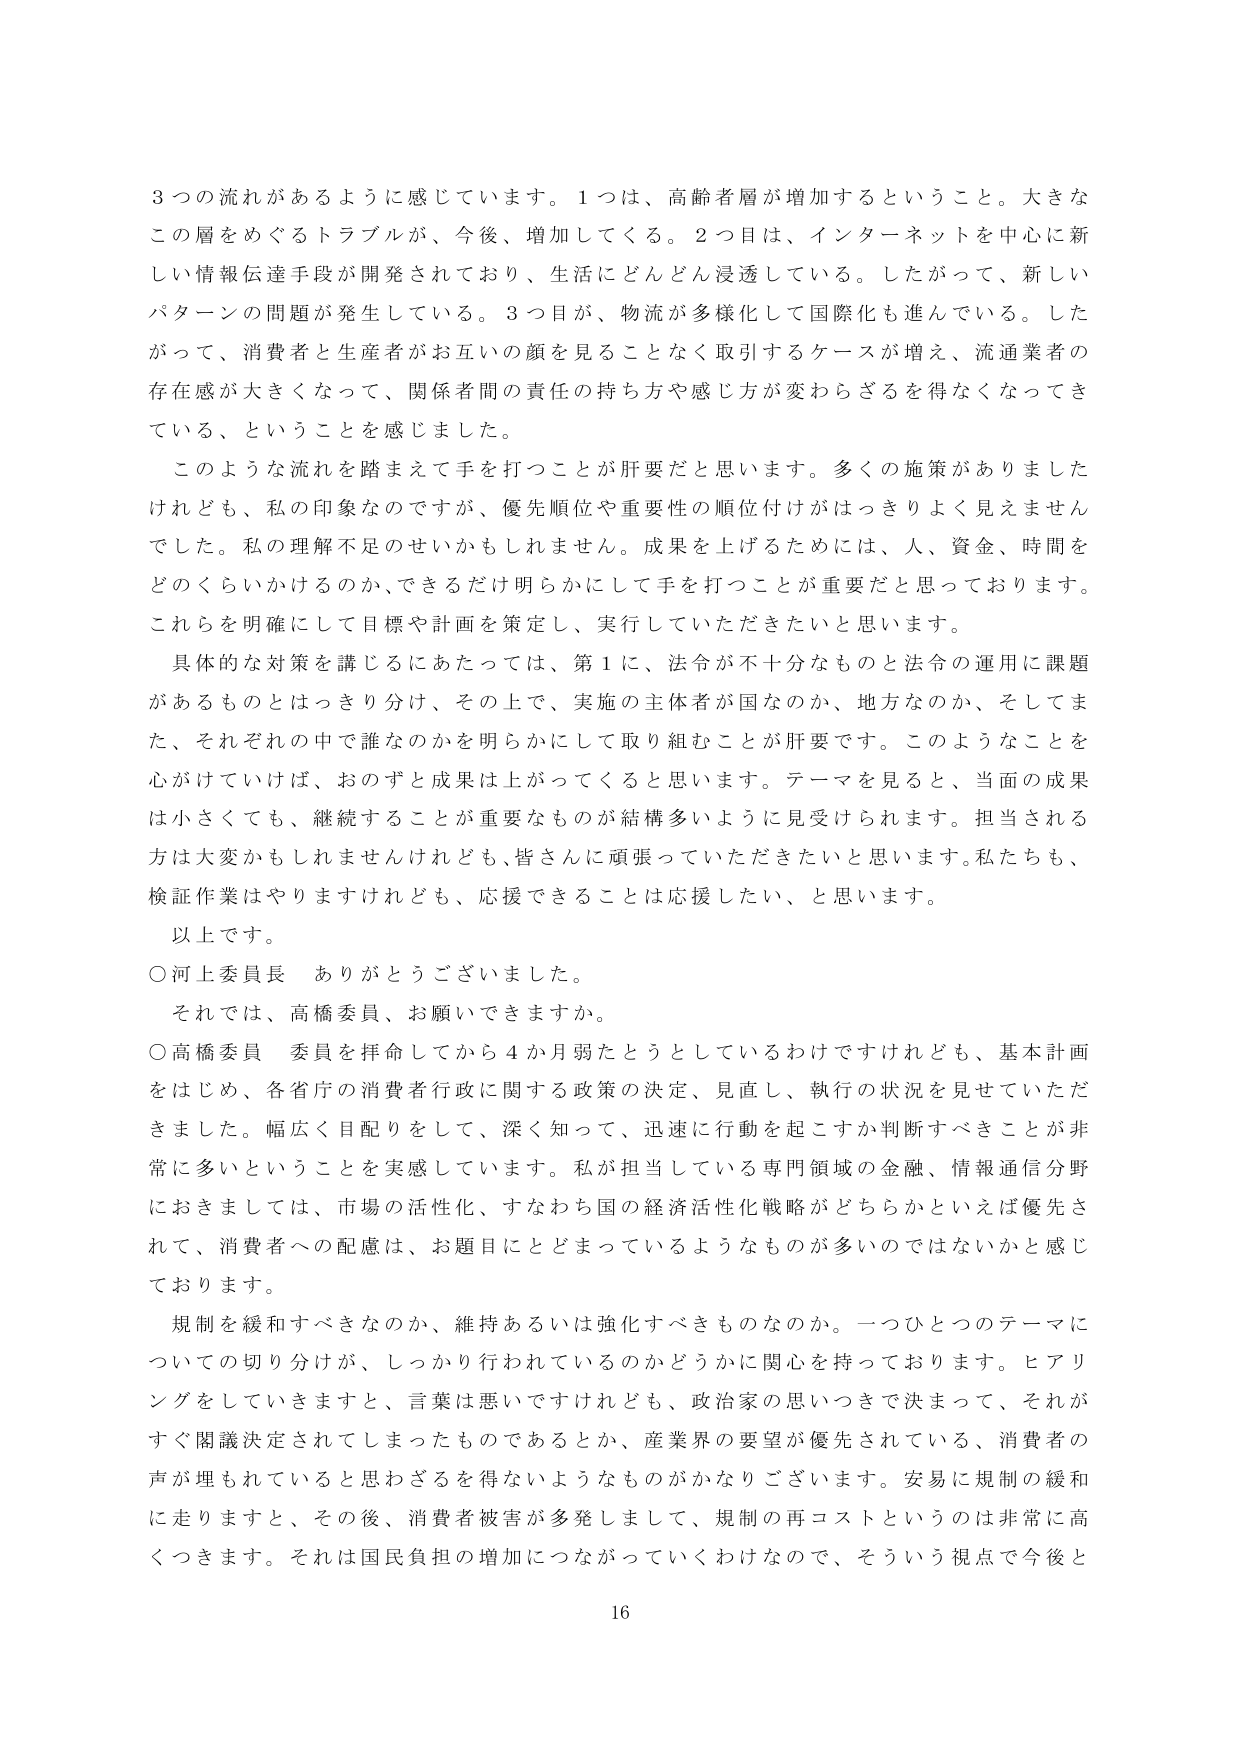
3つの流れがあるように感じています。1つは、高齢者層が増加するということ。大きなこの層をめぐるトラブルが、今後、増加してくる。2つ目は、インターネットを中心に新しい情報伝達手段が開発されており、生活にどんどん浸透している。したがって、新しいパターンの問題が発生している。3つ目が、物流が多様化して国際化も進んでいる。したがって、消費者と生産者がお互いの顔を見ることなく取引するケースが増え、流通業者の存在感が大きくなって、関係者間の責任の持ち方や感じ方が変わらざるを得なくなってきている、ということを感じました。

このような流れを踏まえて手を打つことが肝要だと思います。多くの施策がありましたけれども、私の印象なのですが、優先順位や重要性の順位付けがはっきりよく見えませんでした。私の理解不足のせいかもしれません。成果を上げるためには、人、資金、時間をどのくらいかけるのか、できるだけ明らかにして手を打つことが重要だと思っております。これらを明確にして目標や計画を策定し、実行していただきたいと思います。

具体的な対策を講じるにあたっては、第1に、法令が不十分なものと法令の運用に課題があるものとはっきり分け、その上で、実施の主体者が国なのか、地方なのか、そしてまた、それぞれの中で誰なのかを明らかにして取り組むことが肝要です。このようなことを心がけていけば、おのずと成果は上がってくると思います。テーマを見ると、当面の成果は小さくても、継続することが重要なものが多いように見受けられます。担当される方は大変かもしれませんが、皆さんに頑張っていただきたいと思います。私たちも、検証作業はやりますけれども、応援できることは応援したい、と思います。

以上です。

○河上委員長　ありがとうございました。

それでは、高橋委員、お願いできますか。

○高橋委員　委員を拝命してから4か月弱たとうとしているわけですが、基本計画をはじめ、各省庁の消費者行政に関する政策の決定、見直し、執行の状況を見ていただきました。幅広く目配りをして、深く知って、迅速に行動を起こすか判断すべきことが非常に多いということを実感しています。私が担当している専門領域の金融、情報通信分野におきましては、市場の活性化、すなわち国の経済活性化戦略がどちらかといえば優先されて、消費者への配慮は、お題目にとどまっているようなものが多いのではないかと感じております。

規制を緩和すべきなのか、維持あるいは強化すべきものなのか。一つひとつのテーマについての切り分けが、しっかり行われているのかどうかに関心を持っております。ヒアリングをしていきますと、言葉は悪いですけれども、政治家の思いつきで決まって、それがすぐ閣議決定されてしまったものであるとか、産業界の要望が優先されている、消費者の声が埋もれていると思わざるを得ないようなものがかなりございます。安易に規制の緩和に走りますと、その後、消費者被害が多発しまして、規制の再コストというのは非常に高くつきます。それは国民負担の増加につながっていくわけなので、そういう視点で今後と

16